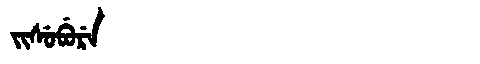
Manchu: ᠵᡳᠰᡠᠪᡠᡵᡝ
Romanization: JISUBURE